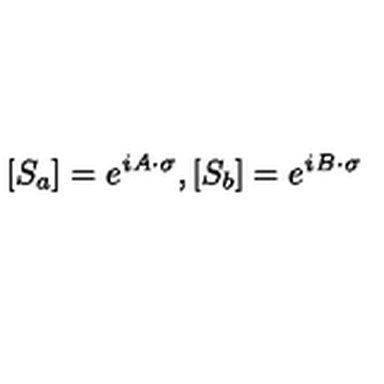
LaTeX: [ S _ { a } ] = e ^ { \mathrm { \it i { \mathversion { b o l d } A \cdot \sigma } } } , [ S _ { b } ] = e ^ { \mathrm { \it i { \mathversion { b o l d } B \cdot \sigma } } }